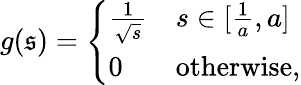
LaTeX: g(\mathfrak{s})=\left\{ \begin{array}{ll}{\frac{1}{\sqrt{s}}}&{s\in[\frac{1}{a},a]}\\ {0}&{\mathrm{otherwise},}\end{array}\right.